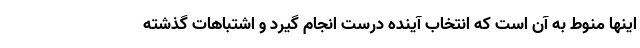
اینها منوط به آن است که انتخاب آینده درست انجام گیرد و اشتباهات گذشته